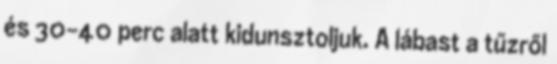
és 30-40 perc alatt kidunsztoljuk. A lábast a tűzről